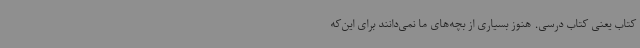
کتاب یعنی کتاب درسی. هنوز بسیاری از بچه‌های ما نمی‌دانند برای این‌که